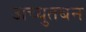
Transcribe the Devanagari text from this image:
अच्युतबन